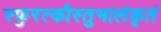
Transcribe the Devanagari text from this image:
स्फुरत्कौस्तुभालंकृतं